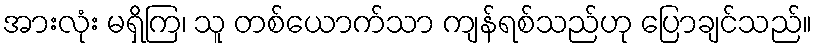
အားလုံး မရှိကြ၊ သူ တစ်ယောက်သာ ကျန်ရစ်သည်ဟု ပြောချင်သည်။